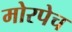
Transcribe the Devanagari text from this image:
मोरपेच